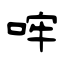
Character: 哰